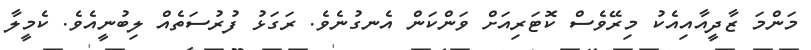
މަންމަ ޒާދީއާއިއެކު މިރޭވެސް ކޮޓަރިއަށް ވަންކަން އެނގުނެވެ. ރަގަޅު ފުރުސަތެއް ލިބުނީއެވެ. ކެމީލާ